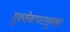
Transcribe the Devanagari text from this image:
गुरुसेवापराङ्मुखाः